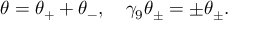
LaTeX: \theta = \theta _ { + } + \theta _ { - } , \quad \gamma _ { 9 } \theta _ { \pm } = \pm \theta _ { \pm } .